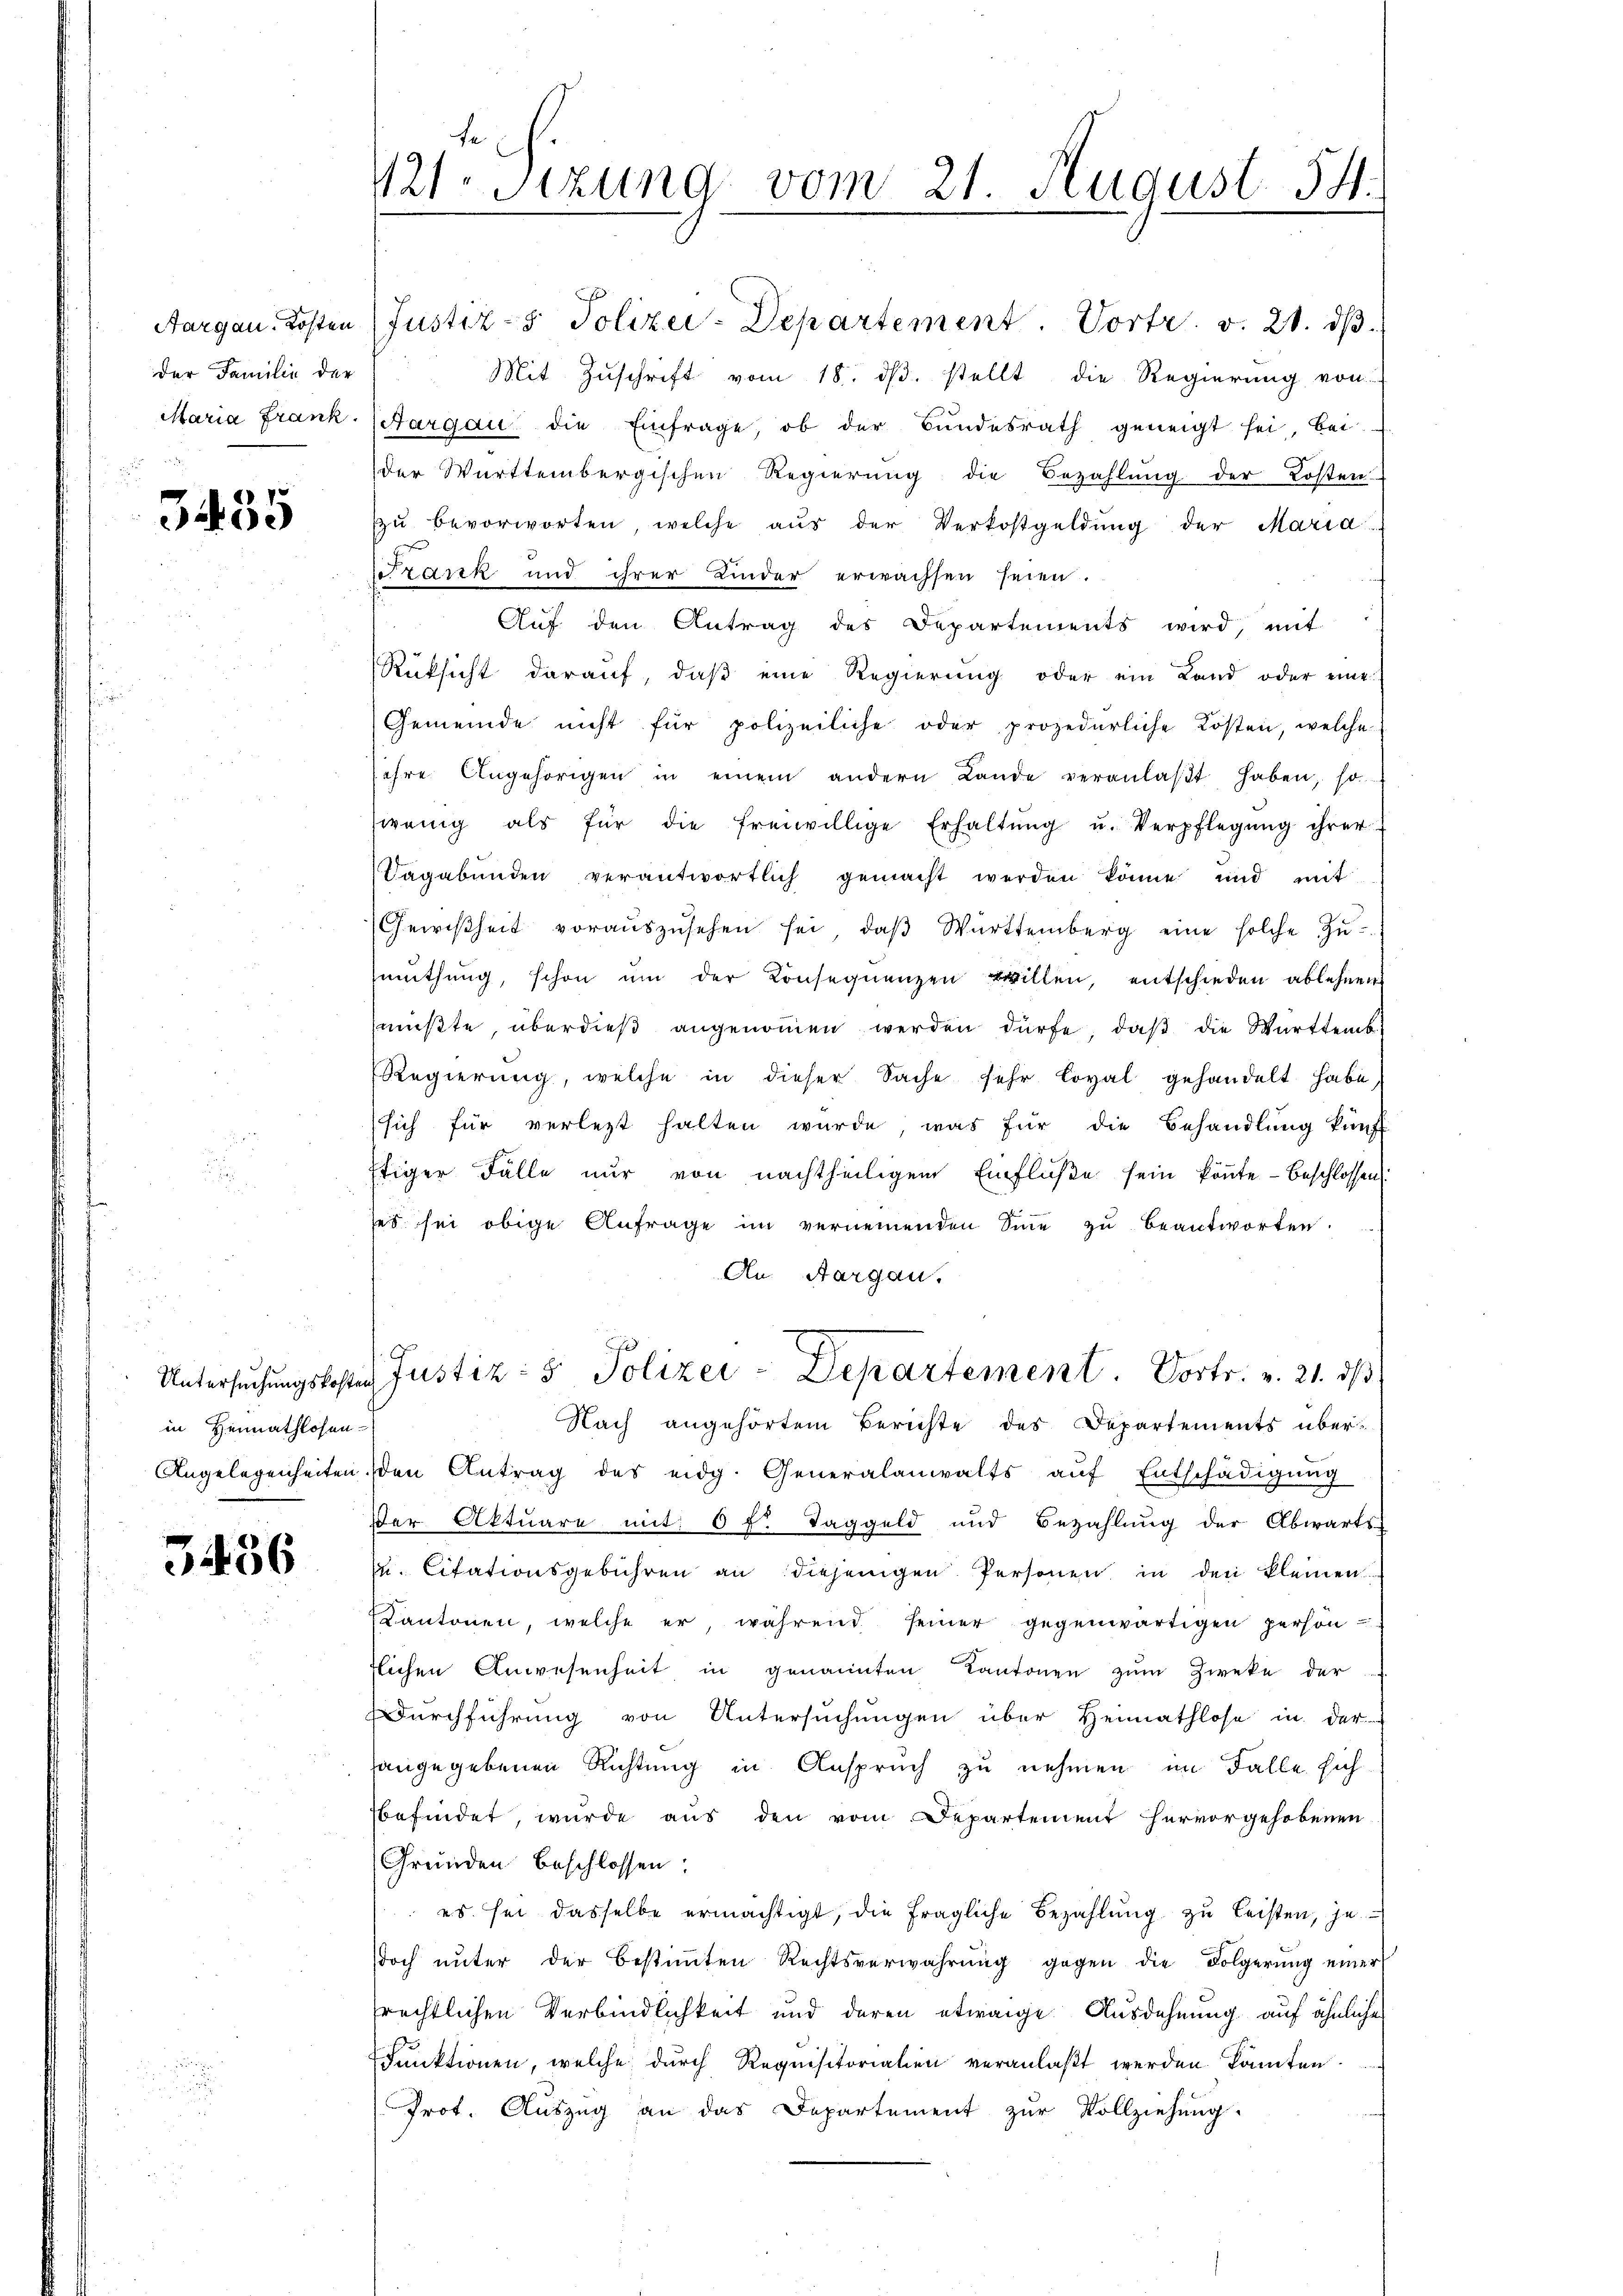
Aargau, Kosten
der Familie der
Maria Frank

3435

in Heimathlosen-

3436

fe
121. Sitzung vom 21. August. 54.

Justiz- & Polizei-Departement. Vortr. v. 21. dβ.
Mit Zŭschrift vom 18. dβ. stellt die Regierung von
Aargau die Einfrage, ob der Bŭndesrath geneigt sei, bei
der Württembergischen Regierŭng die Bezahlŭng der Kosten
zŭ bevorworten, welche aŭs der Verkostgeldŭng der Maria
tank und ihrer Kinder erwachsen seien.
Auf den Antrag des Departements wird, mit
Rücksicht darauf, daß eine Regierung oder ein Land oder eine
Gemeinde nicht für polizeiliche oder prozedurliche Kosten, welche
sihre Angehörigen in einem andern Lande veranlaβt haben, so
wenig als für die freiwillige Erhaltŭng u. Verpflegŭng ihrer
Dagabunden verantwortlich gemacht werden könne und mit
Gewißheit voraŭszŭsehen sei, daβ Württemberg eine solche Zŭ-
mŭthŭng, schon ŭm der Konseqŭenzen villen, entschieden ablehnen
mußte, überdieß angenommen werden dürfe, daß die Württemb
Regierŭng, welche in dieser Sache sehr loval gehandelt habe,
sich für verletzt halten würde, was für die Behandlŭng künft
tiger Fälle nur von nachtheiligem Einfluße sein könnte - beschlossen
ses sei obige Anfrage im vernennenden Sinne zu beantworten.
An Aargau.
Untersŭchŭngskosten Justiz- & Polizei-Departement. Vortr. v. 21. dβ
Nach angehörtem Berichte des Departements über¬
Angelegenheiten den Antrag des eidg. Generalanwalts aŭf Entschädigŭng
Ver Aktuare mit 6 f: Taggeld und Bezahlung der Abwarts-
u. Citationsgebühren an diejenigen Personen in den kleinen
Kantonen, welche er, während seiner gegenwärtigen person
tlichen Anwesenheit in genannten Kantonen zum Zweke der
Durchführung von Untersuchungen über Heimathlose in der
hangegebenen Richtung in Anspruch zu nehmen, im Falle sich
befindet, wurde aus den vom Departement hervorgehobenen
Grunden beschlossen:
 es sei dasselbe ermächtigt, die fragliche Bezahlung zu leisten, jedoch ŭnter der bestiṁten Rechtsverwahrŭng gegen die Folgerŭng einer
rechtlichen Verbindlichkeit und deren etwaige Ausdehnung auf ähnliche
dunktionen, welche durch Requisitorialien veranlaßt werden könnten.
Prot. Aŭszŭg an das Departement zŭr Vollziehŭng.